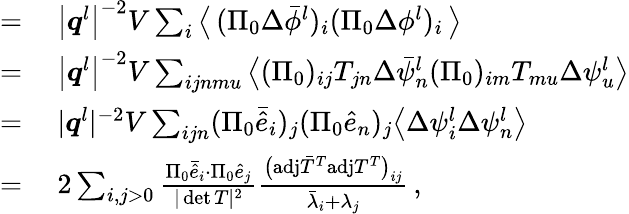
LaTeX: \begin{array}{rl}{=}&{{}~\big\vert\boldsymbol{q}^{l}\big\vert^{-2}V\sum_{i}\big\langle\, (\Pi_{0}\Delta\bar{\phi}^{l})_{i}(\Pi_{0}\Delta{\phi}^{l})_{i}\, \big\rangle}\\ {=}&{{}~\big\vert\boldsymbol{q}^{l}\big\vert^{-2}V\sum_{ijnmu}\big\langle(\Pi_{0})_{ij}T_{jn}\Delta\bar{\psi}_{n}^{l}(\Pi_{0})_{im}T_{mu}\Delta\psi_{u}^{l}\big\rangle}\\ {=}&{{}~\vert\boldsymbol{q}^{l}\vert^{-2}V\sum_{ijn}(\Pi_{0}\bar{\hat{e}}_{i})_{j}(\Pi_{0}\hat{e}_{n})_{j}\big\langle\Delta\psi_{i}^{l}\Delta\psi_{n}^{l}\big\rangle}\\ {=}&{{}~2\sum_{i,j>0}\frac{\Pi_{0}\bar{\hat{e}}_{i}\cdot\Pi_{0}\hat{e}_{j}}{\vert\operatorname*{det}T\vert^{2}}\frac{\big(\mathrm{adj}\bar{T}^{T}\mathrm{adj}T^{T}\big)_{ij}}{\bar{\lambda}_{i}+\lambda_{j}}\, ,}\end{array}